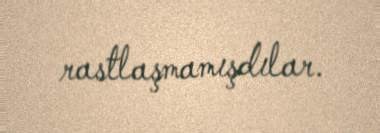
rastlaşmamışdılar.